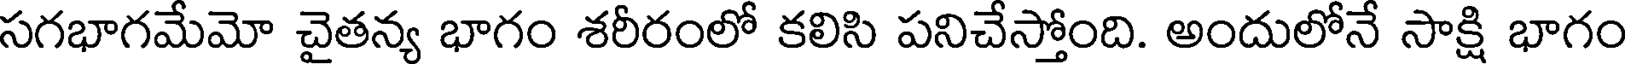
సగభాగమేమో చైతన్య భాగం శరీరంలో కలిసి పనిచేస్తోంది. అందులోనే సాక్షి భాగం